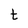
Character: t